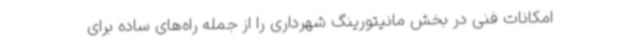
امکانات فنی در بخش مانیتورینگ شهرداری را از جمله راه‌های ساده برای